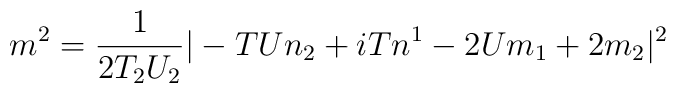
m^2 = \frac{1}{2 T_2 U_2} |-TUn_2 + iTn^1-2Um_1 + 2 m_2|^2